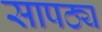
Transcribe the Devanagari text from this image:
सापठ्य